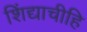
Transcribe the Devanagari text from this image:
शिंद्याचीहि